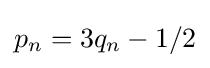
p_{n}=3q_{n}-1/2